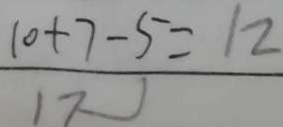
\frac { 1 0 + 7 - 5 } { 1 7 } = 1 2